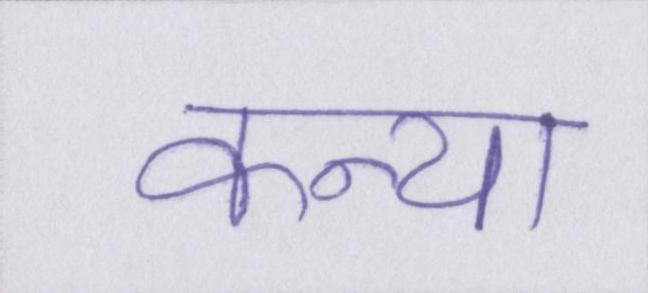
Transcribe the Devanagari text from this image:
कन्या